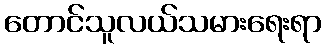
တောင်သူလယ်သမားရေးရာ